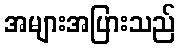
အများအပြားသည်